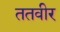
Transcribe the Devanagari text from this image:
ततवीर